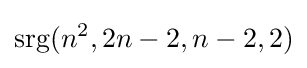
\operatorname {srg} (n^{2},2n-2,n-2,2)